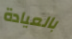
بالعيادة